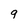
Character: q